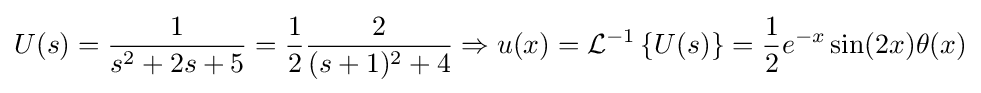
U(s)={\frac {1}{s^{2}+2s+5}}={\frac {1}{2}}{\frac {2}{(s+1)^{2}+4}}\Rightarrow u(x)={\mathcal {L}}^{-1}\left\{U(s)\right\}={\frac {1}{2}}e^{-x}\sin(2x)\theta (x)